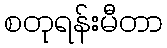
စတုရန်းမီတာ